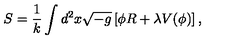
S = \frac { 1 } { k } \int d ^ { 2 } x \sqrt { - g } \left[ \phi R + \lambda V ( \phi ) \right] ,